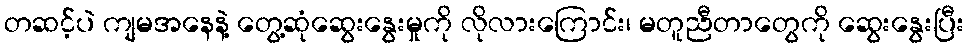
တဆင့်ပဲ ကျမအနေနဲ့ တွေ့ဆုံဆွေးနွေးမှုကို လိုလားကြောင်း၊ မတူညီတာတွေကို ဆွေးနွေးပြီး